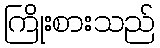
ကြိုးစားသည်